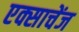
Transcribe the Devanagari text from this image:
एक्साचेंज